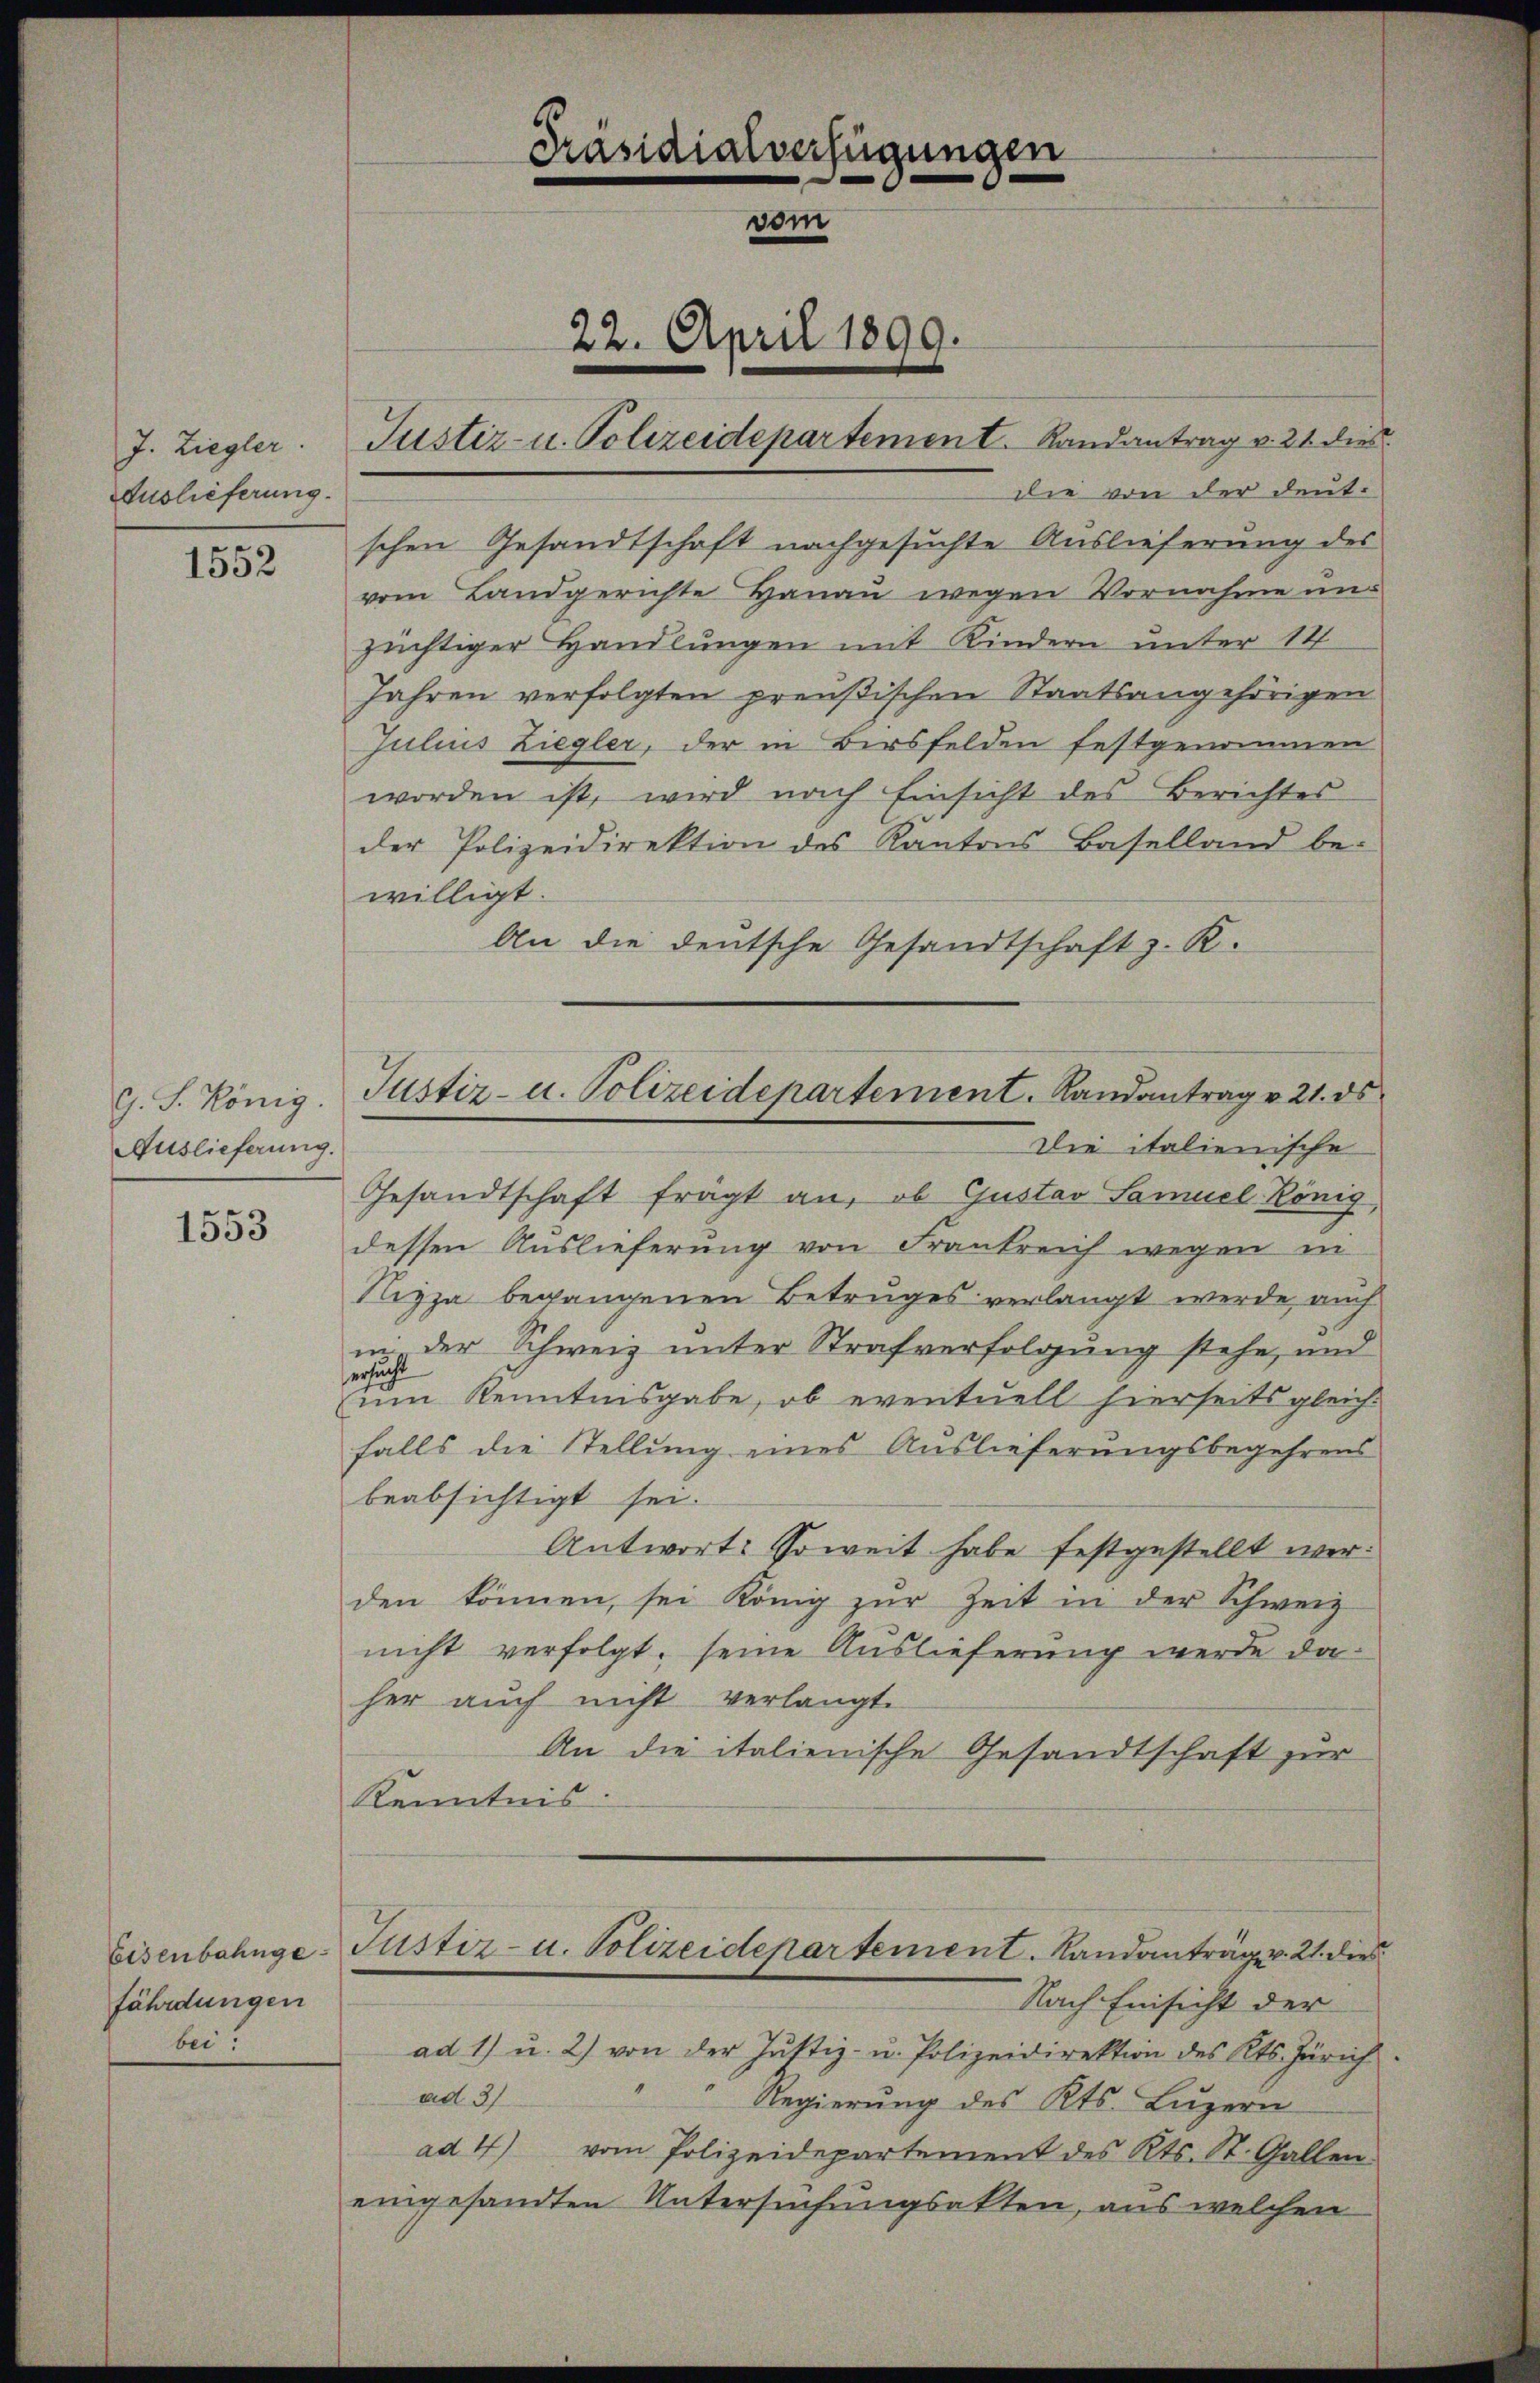
J. Ziegler.
Auslieferung.

1552

G. S. König.
Auslieferung.

1553

fährdungen
bei?

die von der deutschen Gesandtschaft nachgesuchte Auslieferung des
vom Landgerichte Hanau wegen Vornahme unzüchtiger Handlungen mit Kindern unter 14
Jahren verfolgten preußischen Staatsangehörigen
Julius Ziegler, der in Birsfelden festgenommen
worden ist, wird nach Einsicht des Berichtes
der Polizeidirektion des Kantons Baselland be-
willigt.
An die deutsche Gesandtschaft z. R.
Die italienische
Gesandtschaft frägt an, ob Gustav Samuel König,
dessen Auslieferung von Frankreich wegen in
Rizza begangenen Betruges verlangt werde auch
 der Schweiz unter Strafverfolgung stehe, und
 Kenntnisgabe, ob eventuell hierseits gleich-
falls die Stellung eines Auslieferungsbegehrens
beabsichtigt sei.
Antworts soweit habe festgestellt werden können, sei König zŭr Zeit in der Schweiz
nicht verfolgt, seine Auslieferung werde da
her auch nicht verlangte
An die italienische Gesandtschaft zur
Kenntnis
Eisenbahnge-Justiz- u. Polizeidepartement. Landantrag v. 21. dies
Nach Einsicht der
ad 1) u. 2) von der Justiz- u. Polizeidirektion des Kts. Zürich
ad. 31
Regierung des Kts. Luzern
ad 4) vom Polizeidepartement des Kts. St. Gallen.
eingesandten Untersuchungsakten, aus welchen

Präsidialverfügungen
vom
22. April 1899.
Justiz- u. Polizeidepartement. Landantrag v. 21 dies

Justiz- u. Polizeidepartement. Landantrag v. 21. ds.